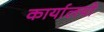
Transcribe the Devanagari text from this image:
कार्यालयो